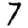
Digit: 7